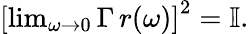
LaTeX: \begin{array}{r}{\left[\operatorname*{lim}_{\omega\rightarrow 0}\Gamma\, r(\omega)\right]^{2}=\mathbb{I}.}\end{array}